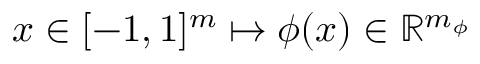
x \in [ - 1 , 1 ] ^ { m } \mapsto \phi ( x ) \in \mathbb { R } ^ { m _ { \phi } }